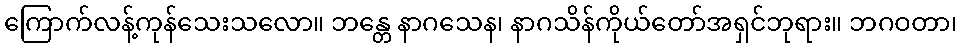
ကြောက်လန့်ကုန်သေးသလော။ ဘန္တေ နာဂသေန၊ နာဂသိန်ကိုယ်တော်အရှင်ဘုရား။ ဘဂဝတာ၊